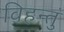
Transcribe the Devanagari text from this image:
विहन्तुं